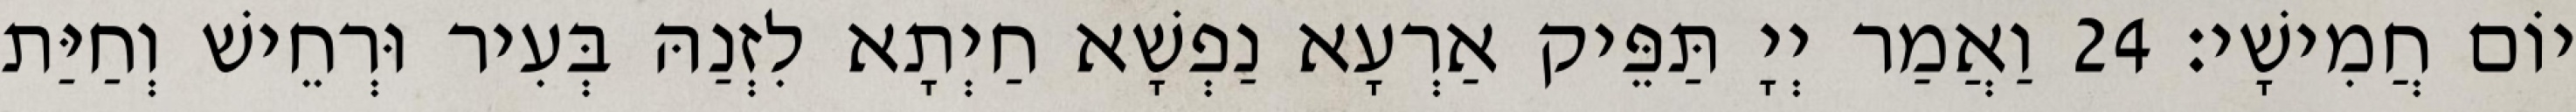
יוֹם חֲמִישָׁי׃ 24 וַאֲמַר יְיָ תַּפֵּיק אַרְעָא נַפְשָׁא חַיְתָא לִזְנַהּ בְּעִיר וּרְחֵישׁ וְחַיַּת